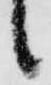
候